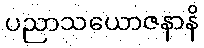
ပညာသယောဇနာနိ